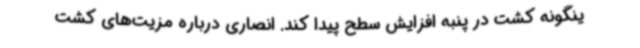
ینگونه کشت در پنبه افزایش سطح پیدا کند. انصاری درباره مزیت‌های کشت